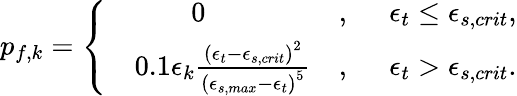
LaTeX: \begin{array}{r}{p_{f,k}=\left\{ \begin{array}{rlrl}&{~~~~~~~~0}&{,}&{~~\epsilon_{t}\le\epsilon_{s,crit},}\\ &{0.1\epsilon_{k}\frac{\left(\epsilon_{t}-\epsilon_{s,crit}\right)^{2}}{\left(\epsilon_{s,max}-\epsilon_{t}\right)^{5}}}&{,}&{~~\epsilon_{t}>\epsilon_{s,crit}.}\end{array}\right.}\end{array}